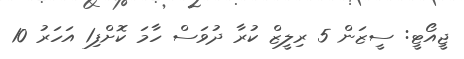
ޖީއޯޓީ: ސީޒަން 5 ރިލީޒް ކުރާ ދުވަސް ހާމަ ކޮށްފި1 އަހަރު 10